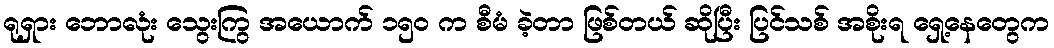
ရုရှား ဘောလုံး သွေးကြွ အယောက် ၁၅ဝ က စီမံ ခဲ့တာ ဖြစ်တယ် ဆိုပြီး ပြင်သစ် အစိုးရ ရှေ့နေတွေက